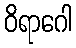
ဝိရာဂေါ